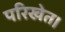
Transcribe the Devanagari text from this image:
परिखेत।